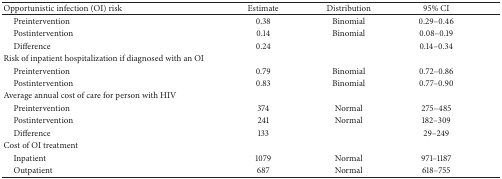
<table><thead><tr><td><b>Opportunistic infection (OI) risk</b></td><td><b>Estimate</b></td><td><b>Distribution</b></td><td><b>95% CI</b></td></tr></thead><tbody><tr><td> Preintervention</td><td>0.38</td><td>Binomial</td><td>0.29–0.46</td></tr><tr><td> Postintervention</td><td>0.14</td><td>Binomial</td><td>0.08–0.19</td></tr><tr><td> Difference</td><td>0.24</td><td> </td><td>0.14–0.34</td></tr><tr><td>Risk of inpatient hospitalization if diagnosed with an OI</td><td> </td><td> </td><td> </td></tr><tr><td> Preintervention</td><td>0.79</td><td>Binomial</td><td>0.72–0.86</td></tr><tr><td> Postintervention</td><td>0.83</td><td>Binomial</td><td>0.77–0.90</td></tr><tr><td>Average annual cost of care for person with HIV</td><td> </td><td> </td><td> </td></tr><tr><td> Preintervention</td><td>374</td><td>Normal</td><td>275–485</td></tr><tr><td> Postintervention</td><td>241</td><td>Normal</td><td>182–309</td></tr><tr><td> Difference</td><td>133</td><td> </td><td>29–249</td></tr><tr><td>Cost of OI treatment</td><td> </td><td> </td><td> </td></tr><tr><td> Inpatient</td><td>1079</td><td>Normal</td><td>971–1187</td></tr><tr><td> Outpatient</td><td>687</td><td>Normal</td><td>618–755</td></tr></tbody></table>